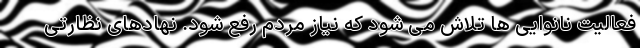
فعالیت نانوایی ها تلاش می شود که نیاز مردم رفع شود. نهادهای نظارتی